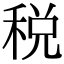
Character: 税